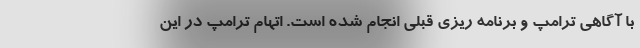
با آگاهی ترامپ و برنامه ریزی قبلی انجام شده است. اتهام ترامپ در این